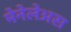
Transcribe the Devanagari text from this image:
मेनेलेअस